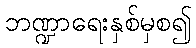
ဘဏ္ဍာရေးနှစ်မှစ၍